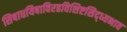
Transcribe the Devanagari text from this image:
सिषाधयिषाविरहविशिष्टसिद्ध्यभाव